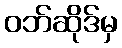
ဝဘ်ဆိုဒ်မှ